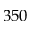
3 5 0